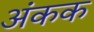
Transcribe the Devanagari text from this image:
अंकक